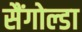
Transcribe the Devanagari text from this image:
सैंगोल्डा